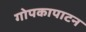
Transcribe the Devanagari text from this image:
गोपकापाटन